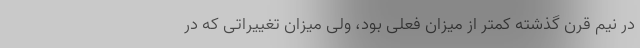
در نیم قرن گذشته کمتر از میزان فعلی بود، ولی میزان تغییراتی که در